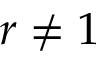
r \neq 1